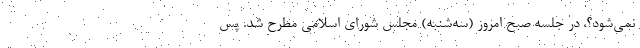
نمی‌شود؟، در جلسه صبح امروز (سه‌شنبه) مجلس شورای اسلامی مطرح شد. پس